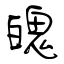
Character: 魄